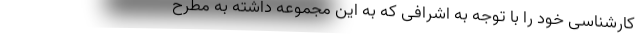
کارشناسی خود را با توجه به اشرافی که به این مجموعه داشته به مطرح‌